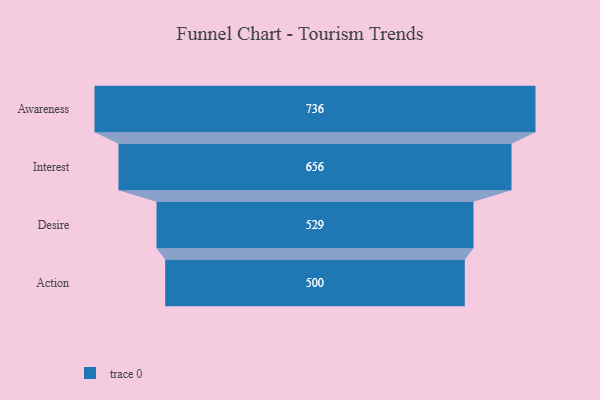
{"axis": {"x": "Stage", "y": "Value"}, "legend": [""], "data": [{"x": "Awareness", "y": 736.0, "type": ""}, {"x": "Interest", "y": 656.0, "type": ""}, {"x": "Desire", "y": 529.0, "type": ""}, {"x": "Action", "y": 500, "type": ""}]}